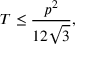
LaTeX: T \leq { \frac { p ^ { 2 } } { 1 2 { \sqrt { 3 } } } } ,